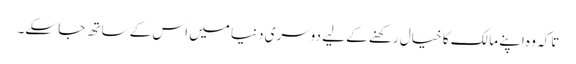
تاکہ وہ اپنے مالک کا خیال رکھنے کے لیے دوسری دنیا میں اس کے ساتھ جا سکے۔